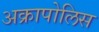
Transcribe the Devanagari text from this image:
अक्रापोलिस